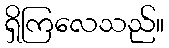
ရှိကြလေသည်။